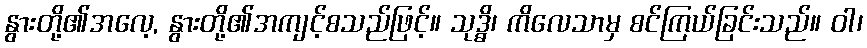
နွားတို့၏အလေ့, နွားတို့၏အကျင့်စသည်ဖြင့်။ သုဒ္ဓိ၊ ကိလေသာမှ စင်ကြယ်ခြင်းသည်။ ဝါ၊